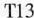
T13